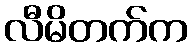
လီမိတက်က